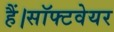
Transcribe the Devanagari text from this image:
हैं।सॉफ्टवेयर